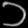
Digit: ၁